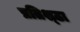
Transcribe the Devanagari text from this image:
प्रतिश्ठा